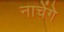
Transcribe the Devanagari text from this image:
नाचेंगे